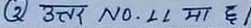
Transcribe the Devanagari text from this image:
उत्तर NO.LL मा छ।